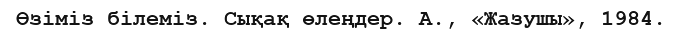
Өзіміз білеміз. Сықақ өлеңдер. А., «Жазушы», 1984.